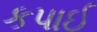
કપાઈ